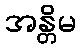
အန္တိမ